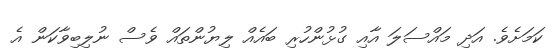
ކަމަށެވެ. އަދި މައްސަލަ އާއި ގުޅުންހުރި ބައެއް ލިޔުންތައް ވެސް ނުލިބިވާކަން އެ